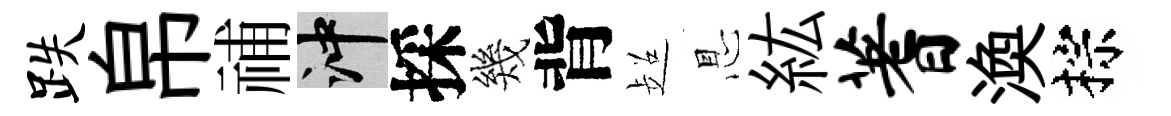
跌帛𥙷冲採幾背超㤙紘蓍渙棕